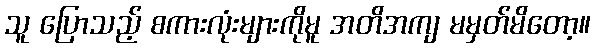
သူ ပြောသည့် စကားလုံးများကိုမူ အတိအကျ မမှတ်မိတော့။